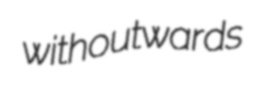
withoutwards